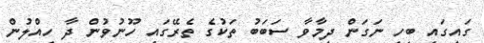
ގައިގައި ބިހި ނަގަން ދިމާވާ ސަބަބު ތަކުގެ ތެރޭގައި ހޫނުވުން ދާ ހިއްލުން